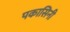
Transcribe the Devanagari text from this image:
पकासिनी